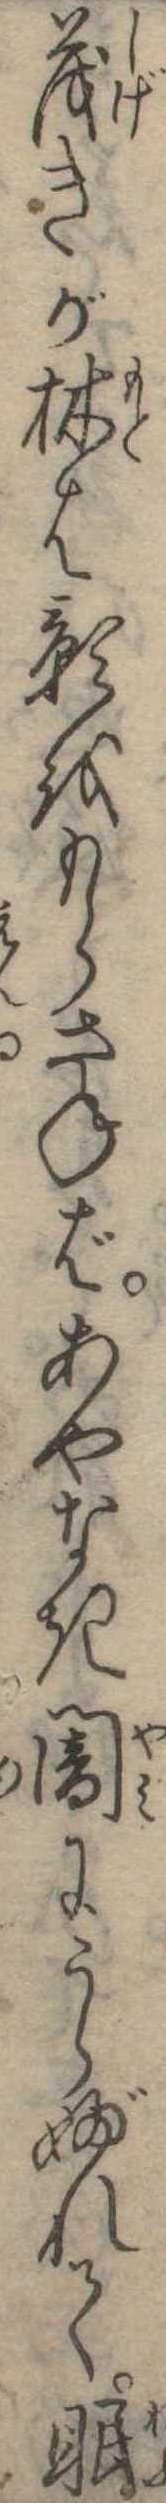
茂きが林は影をもらさねばあやなき闍にうらぶれて眠